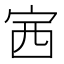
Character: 𡧳